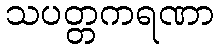
သပတ္တကရဏာ